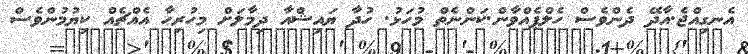
އެނގިއްޖެ.އާދޭ ދެންވެސް ހެލްޕެއްވާން.ކަންނެތް މުހަޅު. ހުދާ ޔައިޝްއާ ދިމާލަށް މިހުރިހާ އެއްޗެއް ކިޔުމުންވެސް